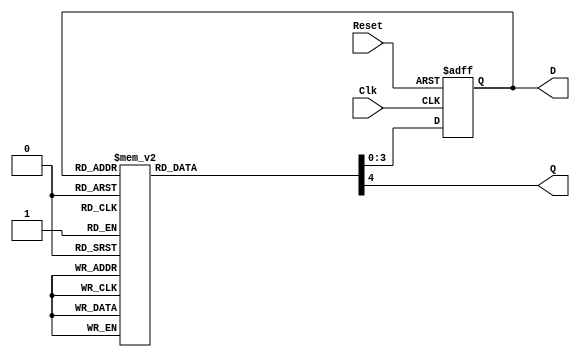
`timescale 1ns / 1ps
//////////////////////////////////////////////////////////////////////////////////
// Company: 
// Engineer: 
// 
// Design Name: 
// Module Name: Counter
// Project Name: 
// Target Devices: 
// Tool Versions: 
// Description: 
// 
// Dependencies: 
// 
// Revision:
// Revision 0.01 - File Created
// Additional Comments:
// 
//////////////////////////////////////////////////////////////////////////////////


module Counter(
    input Clk,
    input Reset,
    output [3:0] D,
    output Q
    );
    reg [3:0] PS, NS;   //PS = Present State, NS = Next State
    reg Q_; //temp Q
    
    //state definitions
    parameter S0 = 4'b0000; //0
    parameter S1 = 4'b0001; //1
    parameter S2 = 4'b0010; //2
    parameter S3 = 4'b0011; //3
    parameter S4 = 4'b0100; //4
    parameter S5 = 4'b0101; //5
    parameter S6 = 4'b0110; //6
    parameter S7 = 4'b0111; //7
    parameter S8 = 4'b1000; //8
    parameter S9 = 4'b1001; //9
    
    //reset check
    always @(posedge Clk, posedge Reset)
        if(Reset)
        PS <= S0;
        else
        PS <= NS;
    
    //state transitions    
    always @(*)
        case (PS)
        S0:
            begin
            NS <= S1;
            Q_ <= 1'b1;
            end
        S1:
            begin
            NS <= S2;
            Q_ <= 1'b0;
            end
        S2:
            begin
            NS <= S3;
            Q_ <= 1'b0;
            end
        S3:
            begin
            NS <= S4;
            Q_ <= 1'b0;
            end
        S4:
            begin
            NS <= S5;
            Q_ <= 1'b0;
            end    
        S5:
            begin
            NS <= S6;
            Q_ <= 1'b0;
            end
        S6:
            begin
            NS <= S7;
            Q_ <= 1'b0;
            end
        S7:
            begin
            NS <= S8;
            Q_ <= 1'b0;
            end    
        S8:
            begin
            NS <= S9;
            Q_ <= 1'b0;
            end
        S9:
            begin
            NS <= S0;
            Q_ <= 1'b0;
            end
        default:
            begin
            NS <= S0;
            Q_ <= 1'b0;
            end
        endcase
        
    assign D = PS;
    assign Q = Q_;
                   
endmodule